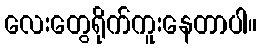
လေးတွေရိုက်ကူးနေတာပါ။